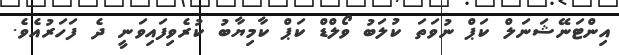
އިންޓަނޭޝަނަލް ކަޕް ނުވަތަ ކުލަބު ވޯލްޑް ކަޕް ކާމިޔާބު ކުރެވިފައިވަނީ ދެ ފަހަރުއެވެ.